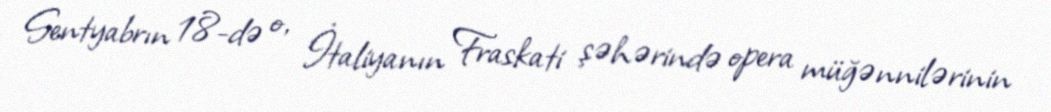
Sentyabrın 18-də o, İtaliyanın Fraskati şəhərində opera müğənnilərinin